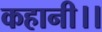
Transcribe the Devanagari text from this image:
कहानी।।